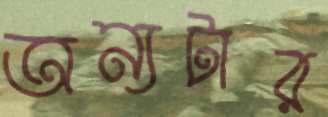
অন্যটার